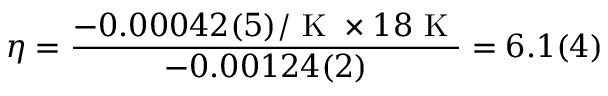
\eta = \frac { - 0 . 0 0 0 4 2 ( 5 ) / \mathrm { ~ K ~ } \times 1 8 \mathrm { ~ K ~ } } { - 0 . 0 0 1 2 4 ( 2 ) } = 6 . 1 ( 4 )